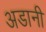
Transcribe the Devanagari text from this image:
अडानी